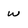
Character: w